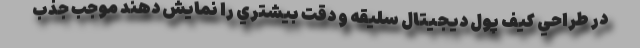
در طراحي كيف پول ديجيتال سليقه و دقت بيشتري را نمايش دهند موجب جذب